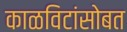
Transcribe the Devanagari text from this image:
काळविटांसोबत